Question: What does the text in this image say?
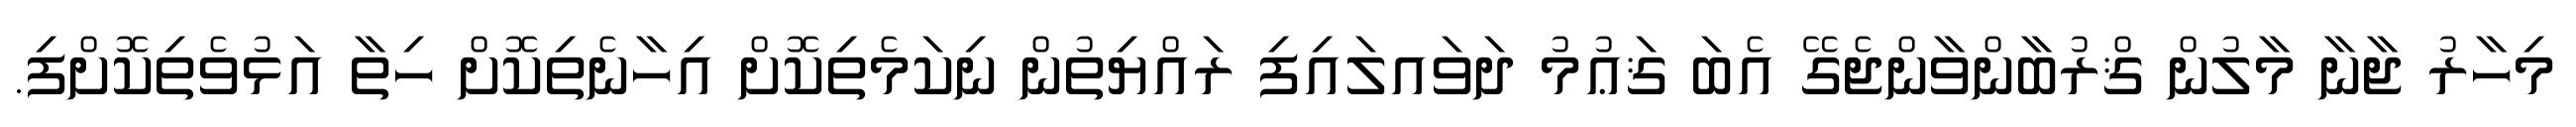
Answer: މިހާރު ޖާނާ މާލުން ޤްރުބާންވާންޖެގޭ އެބަ ޤަޢުމު ދަވައލައިފި ރައްޔިތުން ނިކަމެތިކޮށް އިހާނެތިކޮށް ހިތާ އަޅުވެތިކޮށްފި.